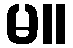
မ။